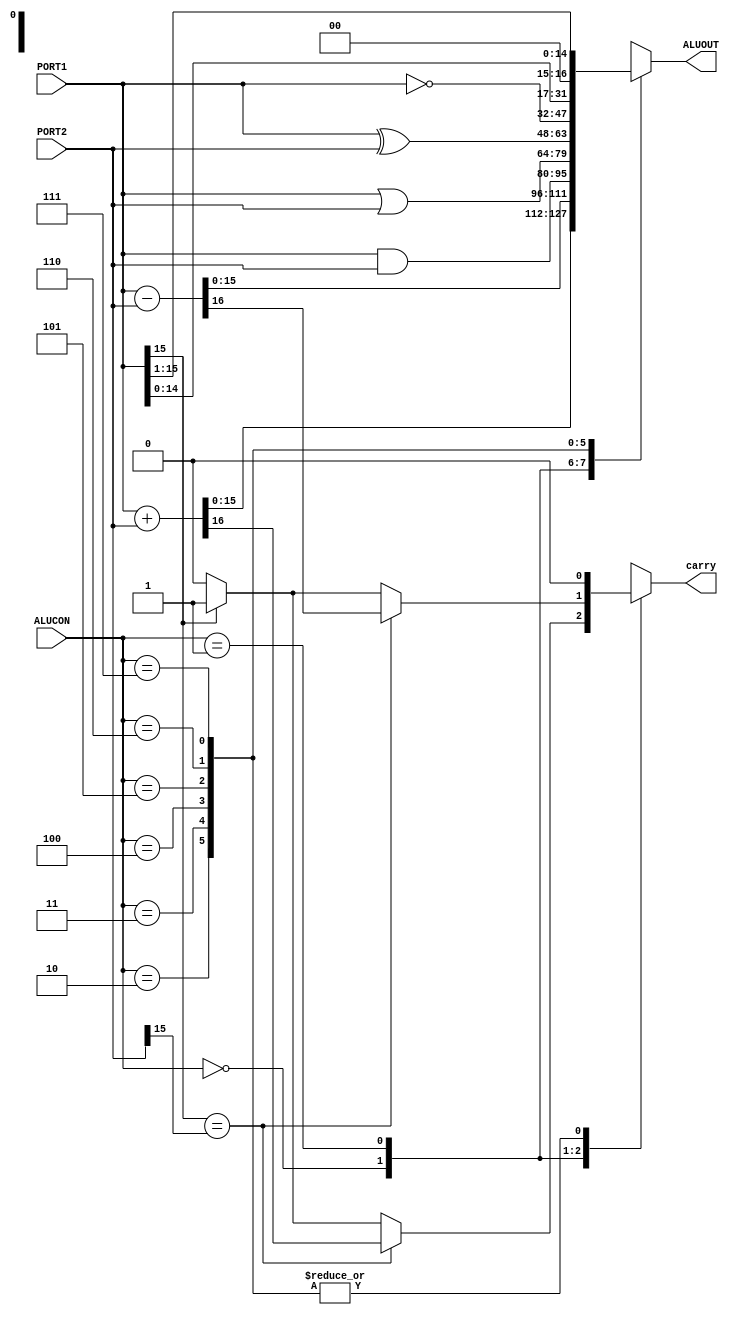
`timescale 1ns / 1ps
//////////////////////////////////////////////////////////////////////////////////
// Company: 
// Engineer: 
// 
// Design Name: 
// Module Name:    alu16b 
// Project Name: 
// Target Devices: 
// Tool versions: 
// Description: 
//
// Dependencies: 
//
// Revision: 
// Revision 0.01 - File Created
// Additional Comments: 
//
//////////////////////////////////////////////////////////////////////////////////
module alu16b(PORT1, PORT2, ALUCON, ALUOUT, carry);
  input [15:0]PORT1,PORT2;
  
  input [2:0] ALUCON;
  output carry;
  output [15:0] ALUOUT;
  reg  [15:0] ALUOUT;  
  reg carry,temp;
  
 always @(ALUCON or PORT1 or PORT2)
  
  begin
        case (ALUCON[2:0]) 
3'b000 : begin
                 {temp,ALUOUT} = (PORT1 + PORT2); //do add 
                 //generate appropriate carry for the purpose of slt especially
                  if(PORT1[15]==PORT2[15]) 
                  carry=temp;
                  else
                    if(PORT1[15]==1)
                      carry=1;
       else    
         carry=0;          
                  end
3'b001 : begin
                 {temp,ALUOUT} = (PORT1 - PORT2); // do subtract
                 //generate appropriate carry for the purpose of slt especially
                  if(PORT1[15]==PORT2[15]) 
                  carry=temp;
                  else
                    if(PORT1[15]==1)
                      carry=1;
      else    
        carry=0;          
                  end
3'b010 :  begin ALUOUT = PORT1 & PORT2;temp=0;carry=0; end // do and operation
3'b011 :  begin ALUOUT = PORT1 | PORT2;temp=0;carry=0; end // do or operation 
3'b100 :  begin ALUOUT = PORT1 ^ PORT2;temp=0;carry=0; end // do xor operation 
3'b101 :  begin ALUOUT = ~PORT1 ;temp=0;carry=0; end       // do not operation 
3'b110 :  begin ALUOUT = PORT1 << 1;temp=0;carry=0; end    // do SLA operation     
3'b111 :  begin ALUOUT = PORT1 >> 1;temp=0;carry=0; end    // do SRA operation  
         endcase      
  end    
endmodule